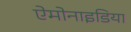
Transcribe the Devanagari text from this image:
ऐमोनाइडिया